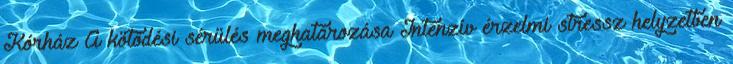
Kórház A kötődési sérülés meghatározása Intenzív érzelmi stressz helyzetben